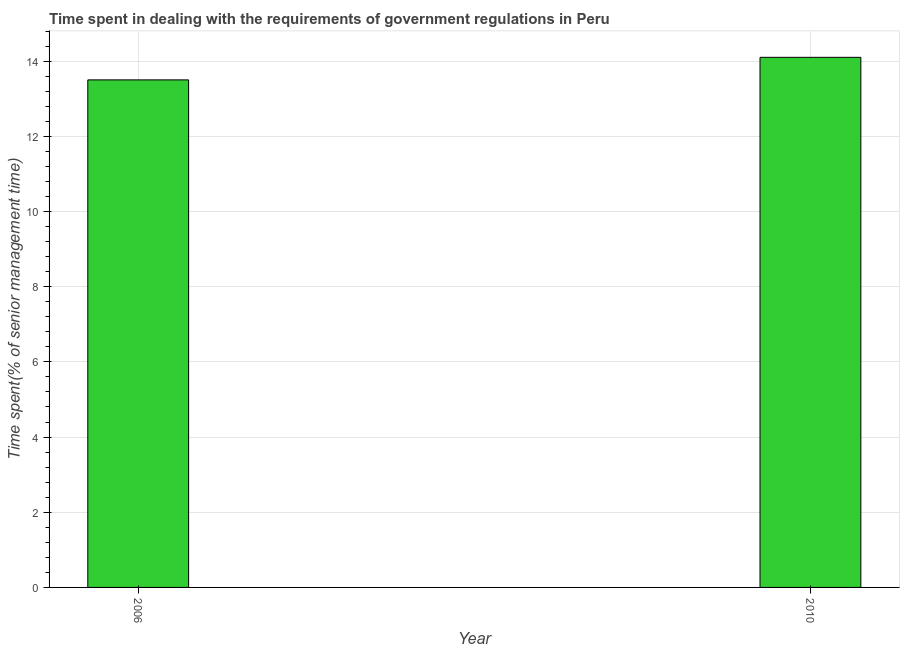
| Year | Government regulations |
 | --- | --- |
 | 2006 | 13.5 |
 | 2010 | 14.1 |